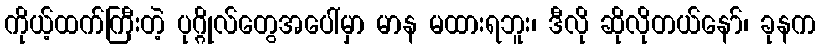
ကိုယ့်ထက်ကြီးတဲ့ ပုဂ္ဂိုလ်တွေအပေါ်မှာ မာန မထားရဘူး၊ ဒီလို ဆိုလိုတယ်နော်၊ ခုနက